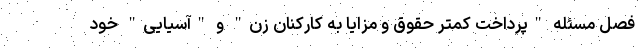
فصل مسئله "پرداخت کمتر حقوق و مزایا به کارکنان زن" و "آسیایی" خود